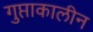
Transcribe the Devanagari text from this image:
गुप्ताकालीन